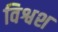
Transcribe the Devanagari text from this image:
विश्वश